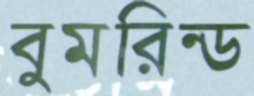
বুমরিন্ড